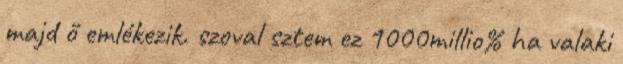
majd ő emlékezik. szoval sztem ez 1000millio% ha valaki